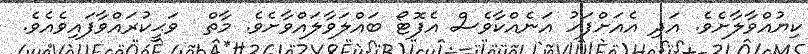
ކިޔުއްވާލާށެވެ. އަދި އެއަށްފަހު އަނެއްކާވެސް އެފޮޓޯ ބައްލަވާލައްވާށެވެ. މާތް  ވަޙީކުރައްވާފައިވެއެވެ.